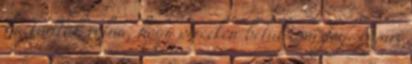
ha tudták volna, hogy perceken belül esni fog. Nyári